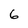
Character: 6